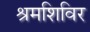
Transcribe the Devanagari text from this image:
श्रमशिविर